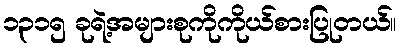
၁၃၁၅ ခုရဲ့အများစုကိုကိုယ်စားပြုတယ်။